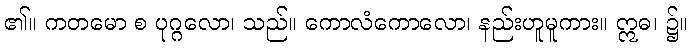
၏။ ကတမော စ ပုဂ္ဂလော၊ သည်။ ကောလံကောလော၊ နည်းဟူမူကား။ ဣဓ၊ ၌။